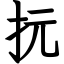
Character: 抏